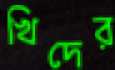
খিদের